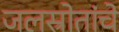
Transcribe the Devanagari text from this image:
जलस्रोतांचे